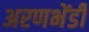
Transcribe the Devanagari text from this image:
अरणभेंडी